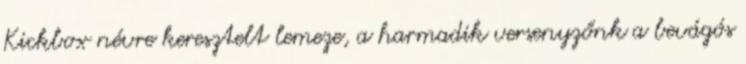
Kickbox névre keresztelt lemeze, a harmadik versenyzőnk a bevágós